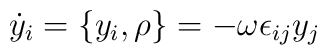
\dot{y}_i = \{y_i, \rho \} = -\omega \epsilon_{ij} y_j